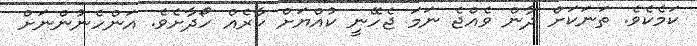
ކަމެކެވެ. ތަނަކަށް ދާން ވެއްޖެ ނަމަ ޖެހޭނީ ކުއްޔަށް ކާރެއް ހޯދާށެވެ. އަންހެނުންނަށް